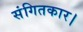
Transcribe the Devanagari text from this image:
संगितकार।